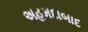
અહમદાબાદ